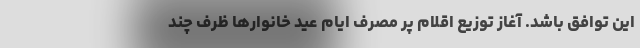
این توافق باشد. آغاز توزیع اقلام پر مصرف ایام عید خانوارها ظرف چند